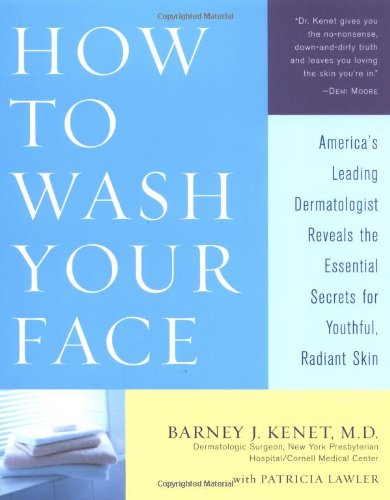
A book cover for How to Wash Your Face: America's Leading Dermatologist Reveals the Essential Secrets for Youthful, Radiant Skin; Barney Kenet; Health, Fitness & Dieting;